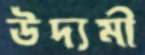
উদ্যমী